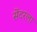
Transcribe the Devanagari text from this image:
सेंटरला